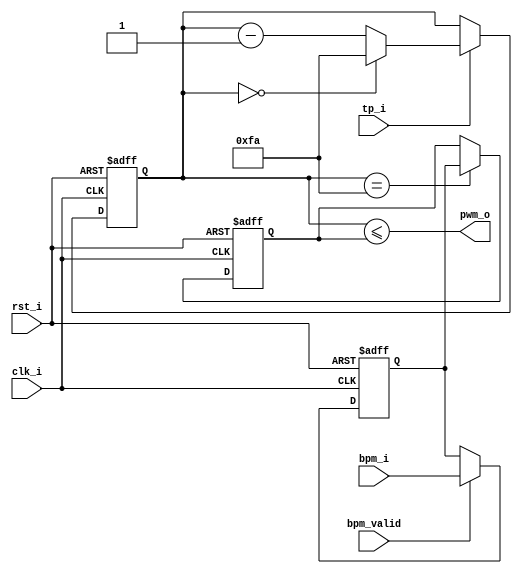
`timescale 1ns/1ps
/* Debouncer
* The TapTempo Project
* Fabien Marteau <mail@fabienm.eu>
*/

module pwmgen #(
`ifdef FORMAL
    parameter BPM_MAX = 20
`else
    parameter BPM_MAX = 250
`endif
)(
    /* clock and reset */
    input clk_i,
    input rst_i,
    /* timepulse */
    input tp_i,
    /* input value */
    input [($clog2(BPM_MAX+1)-1):0] bpm_i,
    input bpm_valid,
    /* output */
    output pwm_o);

reg [($clog2(BPM_MAX+1)-1):0] bpm_reg;
reg [($clog2(BPM_MAX+1)-1):0] pwmthreshold;
reg [($clog2(BPM_MAX+1)-1):0] count;

/* Latching bpm_i on bpm_valid */
always@(posedge clk_i or posedge rst_i)
begin
    if(rst_i)
    begin
        bpm_reg <= 0;
        pwmthreshold <= 0;
    end else begin
        if(bpm_valid)
            bpm_reg <= bpm_i;
        if(count == BPM_MAX)
            pwmthreshold <= bpm_reg;
    end
end

/* count */
always@(posedge clk_i or posedge rst_i)
begin
    if(rst_i)
        count <= BPM_MAX;
    else begin
        if(tp_i)
        begin
            if (count == 0)
                count <= BPM_MAX;
            else
                count <= count - 1'b1;
        end
    end
end

assign pwm_o = (count <= pwmthreshold);

/*********************/
/* Yosys formal part */
/*********************/
`ifdef FORMAL

reg past_valid;
reg [7:0] cycle_count = 0;

initial begin
    past_valid <= 1'b0;
    assume(rst_i);
end

always @(posedge clk_i)
begin
	past_valid <= 1'b1;


    if(past_valid)
        assume(!rst_i);

    /* send one valid */
    if(past_valid && $past(rst_i))
        assume(bpm_valid);

    /* timepulse is 1 clock width */
    if(past_valid && $past(tp_i) && !rst_i)
        assume(tp_i == 0);

    /* prove that bpm_reg is latched on bpm_valid signal */
    if(!$past(rst_i) && $past(bpm_valid) && past_valid)
        assert($past(bpm_i) == bpm_reg);

    if(past_valid && $past(pwmthreshold) == BPM_MAX)
        assert(pwm_o);

    if(count == 0 && tp_i)
        cycle_count <= cycle_count + 1'b1;

    assume(bpm_i == BPM_MAX/2);
    cover(cycle_count == 2);
end
`endif

endmodule